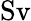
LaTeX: \mathrm{Sv}